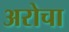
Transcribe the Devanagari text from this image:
अरोचा